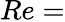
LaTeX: Re=